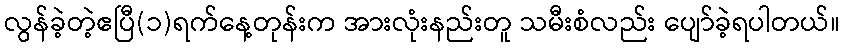
လွန်ခဲ့တဲ့ဧပြီ(၁)ရက်နေ့တုန်းက အားလုံးနည်းတူ သမီးစံလည်း ပျော်ခဲ့ရပါတယ်။